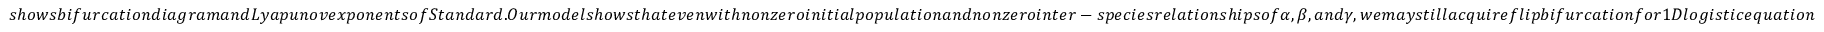
s h o w s b i f u r c a t i o n d i a g r a m a n d L y a p u n o v e x p o n e n t s o f S t a n d a r d . O u r m o d e l s h o w s t h a t e v e n w i t h n o n z e r o i n i t i a l p o p u l a t i o n a n d n o n z e r o i n t e r - s p e c i e s r e l a t i o n s h i p s o f \alpha , \beta , a n d \gamma , w e m a y s t i l l a c q u i r e f l i p b i f u r c a t i o n f o r 1 D l o g i s t i c e q u a t i o n